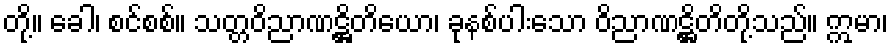
တို့။ ခေါ၊ စင်စစ်။ သတ္တဝိညာဏဋ္ဌိတိယော၊ ခုနစ်ပါးသော ဝိညာဏဋ္ဌိတိတို့သည်။ ဣမာ၊